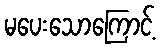
မပေးသောကြောင့်